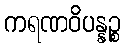
ကရဏဝိပန္နဉ္စ